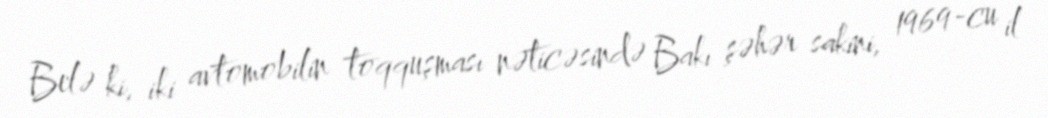
Belə ki, iki avtomobilin toqquşması nəticəsində Bakı şəhər sakini, 1969-cu il